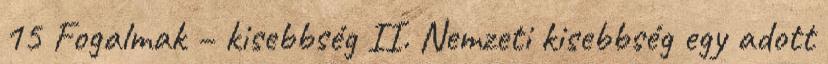
15 Fogalmak – kisebbség II. Nemzeti kisebbség egy adott